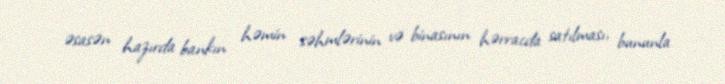
əsasən hazırda bankın həmin səhmlərinin və binasının hərracda satılması, bununla